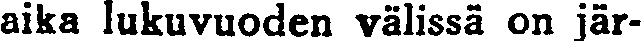
aika lukuvuoden välissä on jär-